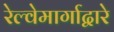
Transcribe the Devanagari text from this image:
रेल्वेमार्गाद्वारे